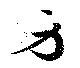
身